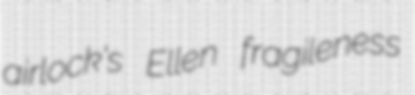
airlock's Ellen fragileness